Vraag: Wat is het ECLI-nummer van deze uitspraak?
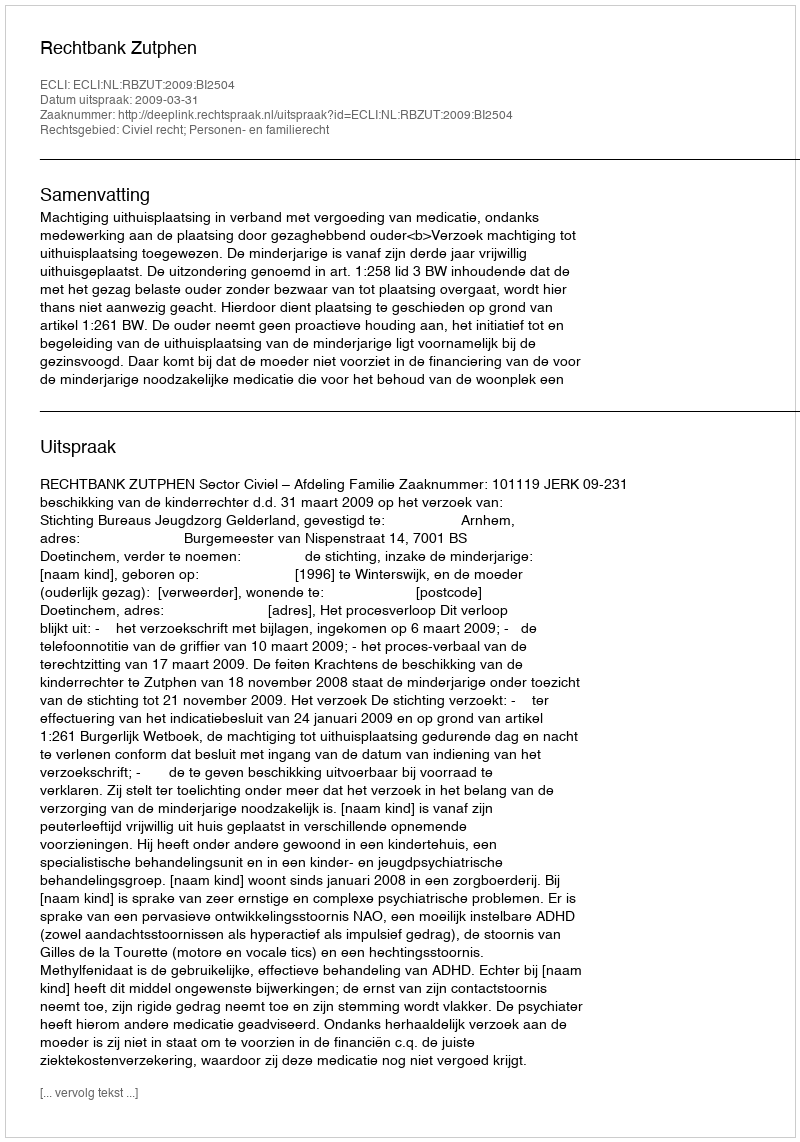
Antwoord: ECLI:NL:RBZUT:2009:BI2504